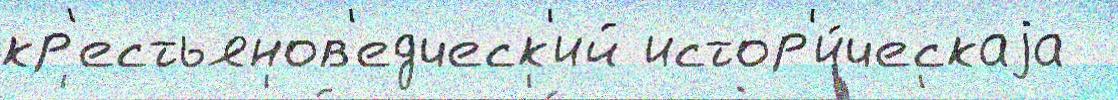
кр'естьянов'едческ'ий истор'и́ческаjа